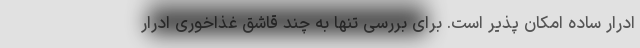
ادرار ساده امکان پذیر است. برای بررسی تنها به چند قاشق غذاخوری ادرار